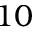
1 0